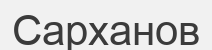
Сарханов